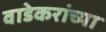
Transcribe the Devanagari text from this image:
वाडेकरांच्या